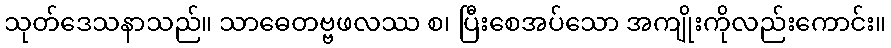
သုတ်ဒေသနာသည်။ သာဓေတဗ္ဗဖလဿ စ၊ ပြီးစေအပ်သော အကျိုးကိုလည်းကောင်း။